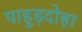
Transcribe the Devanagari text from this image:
पाहुड़दोहा